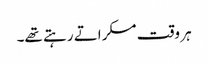
ہر وقت مسکراتے رہتے تھے۔